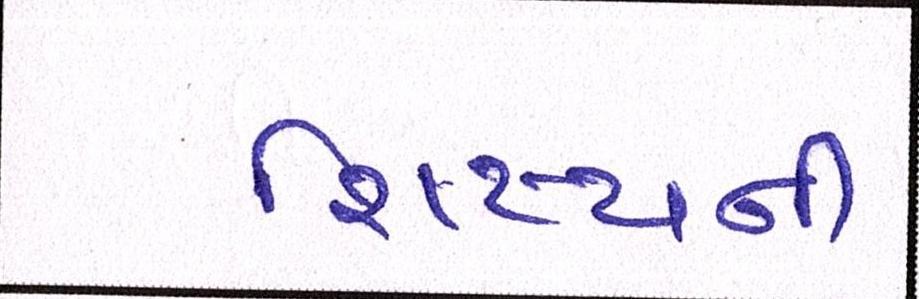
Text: શિષ્યની